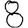
Digit: 8